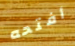
أفتحه